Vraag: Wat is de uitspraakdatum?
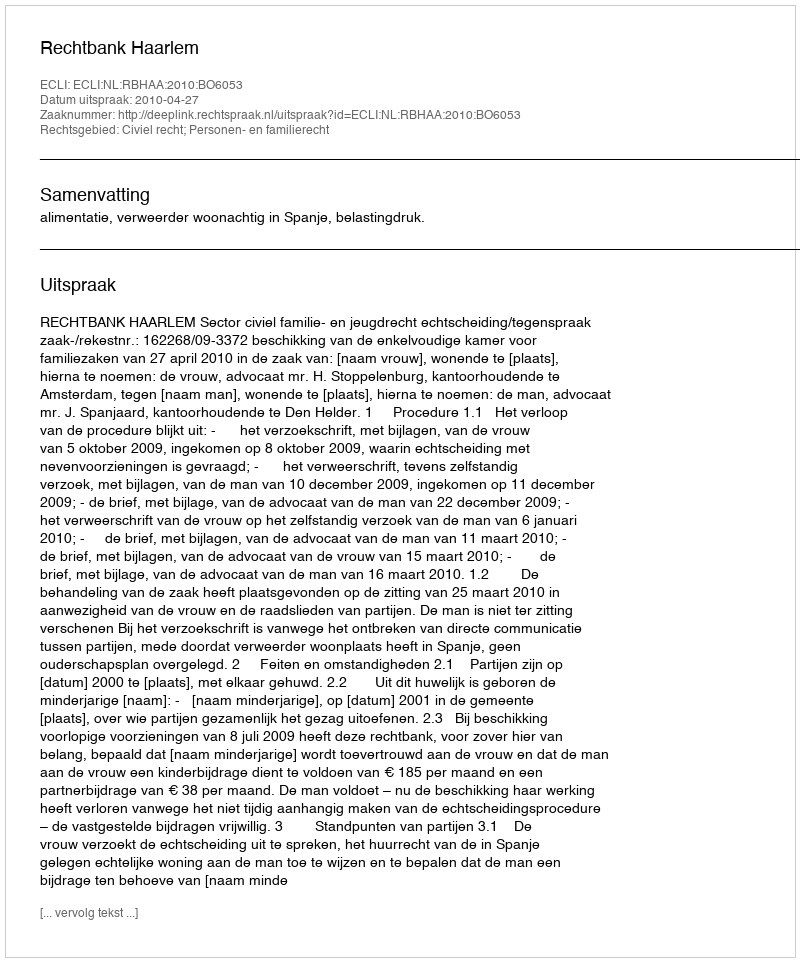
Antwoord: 2010-04-27